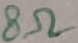
Text: 8Ω